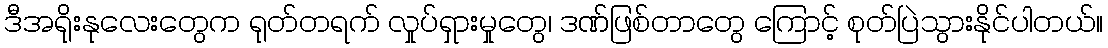
ဒီအရိုးနုလေးတွေက ရုတ်တရက် လှုပ်ရှားမှုတွေ၊ ဒဏ်ဖြစ်တာတွေ ကြောင့် စုတ်ပြဲသွားနိုင်ပါတယ်။